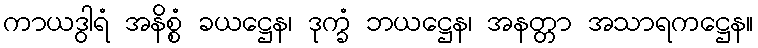
ကာယဒွါရံ အနိစ္စံ ခယဋ္ဌေန၊ ဒုက္ခံ ဘယဋ္ဌေန၊ အနတ္တာ အသာရကဋ္ဌေန။